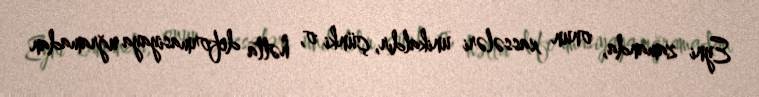
Eyni zamanda, onun xassələri unikaldır, çünki o, hətta deformasiyaya uğramadan